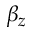
\beta _ { z }